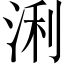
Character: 浰